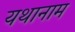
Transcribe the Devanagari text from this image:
यथानाम